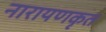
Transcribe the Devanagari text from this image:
नारायणकृत